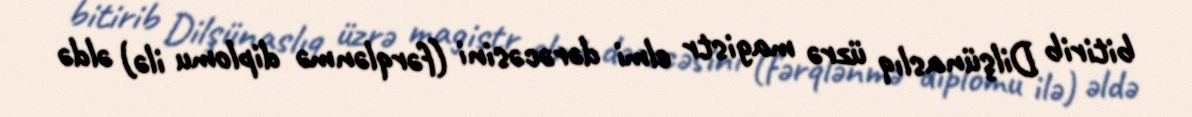
bitirib Dilşünaslıq üzrə magistr elmi dərəcəsini (fərqlənmə diplomu ilə) əldə